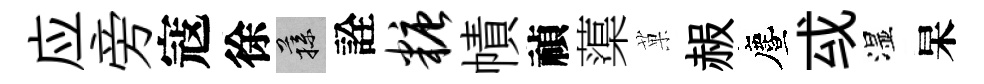
应旁寇徐蓀詮糖幘禎蕖菓赧󵨌㦯湿杲